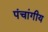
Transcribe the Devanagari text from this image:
पंचांगीय